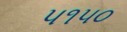
૫૧૫૦